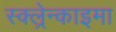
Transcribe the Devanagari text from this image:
स्क्ल्रेन्काइमा